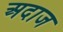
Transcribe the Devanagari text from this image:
अदाज